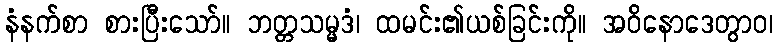
နံနက်စာ စားပြီးသော်။ ဘတ္တသမ္မဒံ၊ ထမင်း၏ယစ်ခြင်းကို။ အဝိနောဒေတွာဝ၊